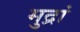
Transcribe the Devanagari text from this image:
मुद्रां